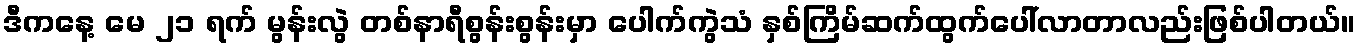
ဒီကနေ့ မေ ၂၁ ရက် မွန်းလွဲ တစ်နာရီစွန်းစွန်းမှာ ပေါက်ကွဲသံ နှစ်ကြိမ်ဆက်ထွက်ပေါ်လာတာလည်းဖြစ်ပါတယ်။